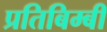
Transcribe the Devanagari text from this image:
प्रतिबिम्बी